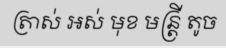
ត្រាស់ អស់ មុខ មន្ត្រី តូច